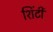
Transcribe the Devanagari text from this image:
शिंटी